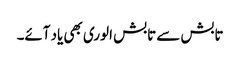
تابش سے تابش الوری بھی یاد آئے۔